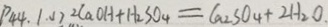
P _ { 4 4 } . 1 . ( 1 ) 2 C a O H + H _ { 2 } S O _ { 4 } = C a _ { 2 } S O _ { 4 } + 2 H _ { 2 } O .